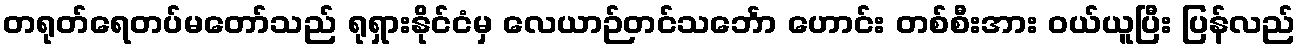
တရုတ်ရေတပ်မတော်သည် ရုရှားနိုင်ငံမှ လေယာဉ်တင်သင်္ဘော ဟောင်း တစ်စီးအား ဝယ်ယူပြီး ပြန်လည်